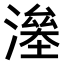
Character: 𣾯